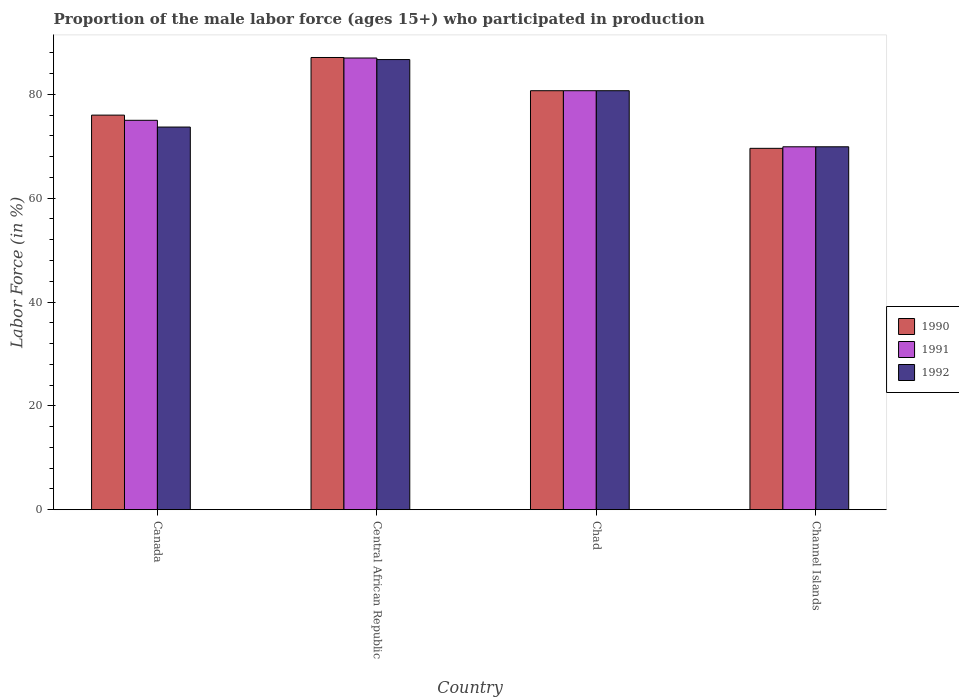
| Country | 1990 | 1991 | 1992 |
 | --- | --- | --- | --- |
 | Canada | 76 | 75 | 73.7 |
 | Central African Republic | 87.1 | 87 | 86.7 |
 | Chad | 80.7 | 80.7 | 80.7 |
 | Channel Islands | 69.6 | 69.9 | 69.9 |